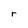
Character: r